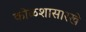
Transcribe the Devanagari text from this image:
कोळशासारखे